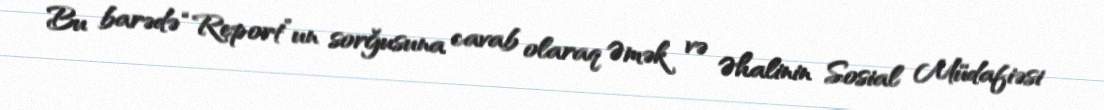
Bu barədə “Report”un sorğusuna cavab olaraq Əmək və Əhalinin Sosial Müdafiəsi